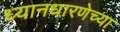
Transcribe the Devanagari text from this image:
ध्यानधारणेच्या